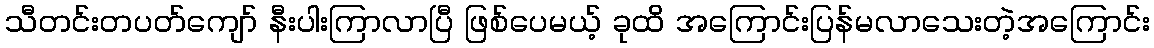
သီတင်းတပတ်ကျော် နီးပါးကြာလာပြီ ဖြစ်ပေမယ့် ခုထိ အကြောင်းပြန်မလာသေးတဲ့အကြောင်း